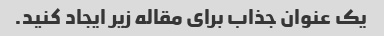
یک عنوان جذاب برای مقاله زیر ایجاد کنید.